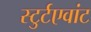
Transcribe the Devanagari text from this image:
स्टुर्टएवांट